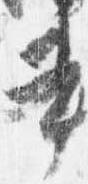
書